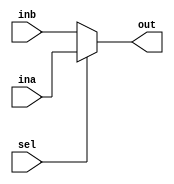
module mux(ina, inb, out, sel);
    //INPUTS
	input [0:127] ina, inb;
	input sel;
	
	// OUTPUTS
	output [0:127] out;
	
	// REGISTERS
	reg [0:127] out;
	
	always @ (ina or inb or sel)
		begin
		out<= sel ? ina : inb;
		end // always @ (ina or inb or sel)
endmodule